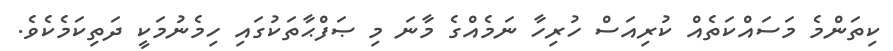
ކިތަންމެ މަސައްކަތެއް ކުރިއަސް ހުރިހާ ނަމެއްގެ މާނަ މި ޞަފްޙާތަކުގައި ހިމެނުމަކީ ދަތިކަމެކެވެ.